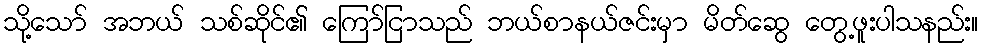
သို့သော် အဘယ် သစ်ဆိုင်၏ ကြော်ငြာသည် ဘယ်စာနယ်ဇင်းမှာ မိတ်ဆွေ တွေ့ဖူးပါသနည်း။